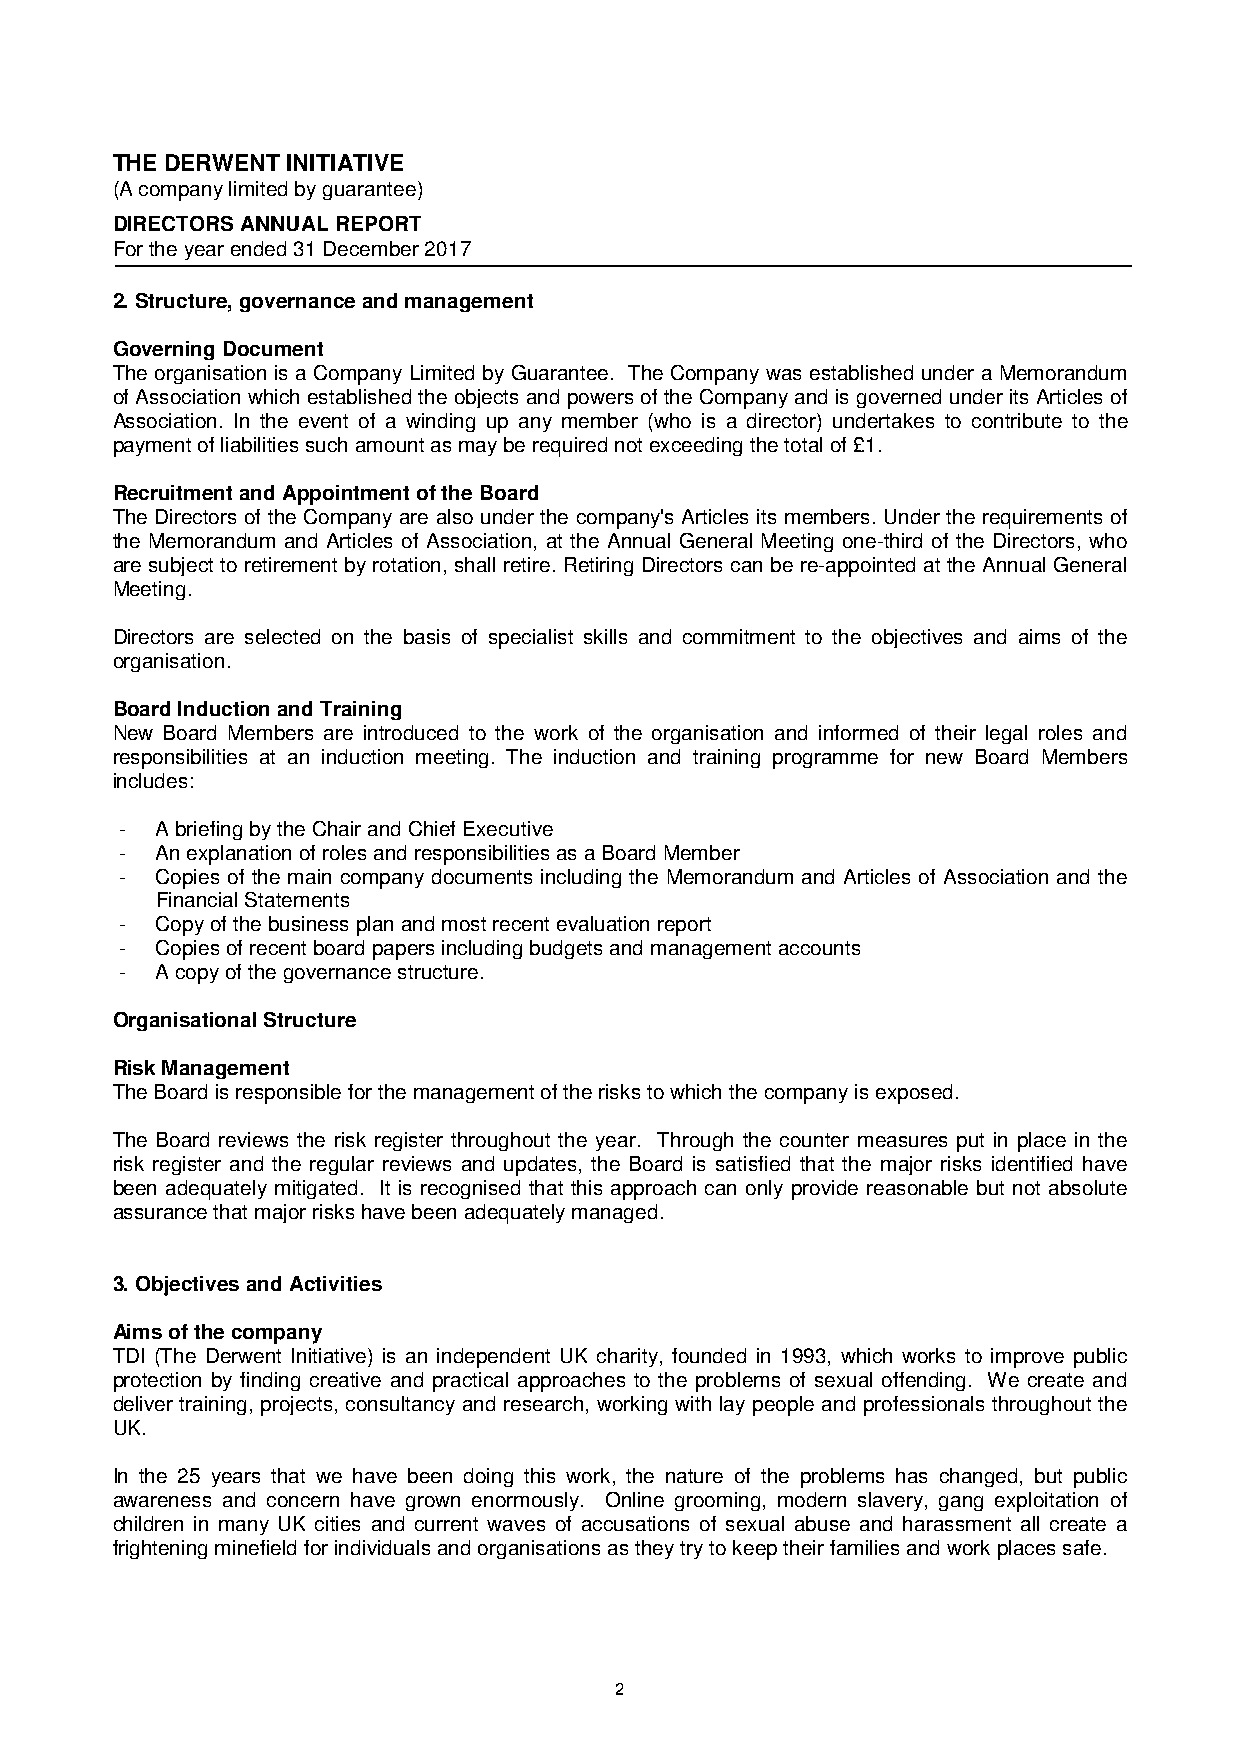
THE DERWENT INITIATIVE
 (A company limited by guarantee)
 DIRECTORS ANNUAL REPORT
 For the year ended 31 December 2017
 2.Structure, governance and management
 Governing Document
 The organisation is a Company Limited by Guarantee. The Company was established under a Memorandum
 of Association which established the objects and powers of the Company and is governed under its Articles of
 Association. In the event of a winding up any member (who is a director) undertakes to contribute to the
 payment of liabilities such amount as may be required not exceeding the total of £1.
 Recruitment and Appointment of the Board
 The Directors of the Company are also under the company's Articles its members. Under the requirements of
 the Memorandum and Articles of Association, at the Annual General Meeting one-third of the Directors, who
 are subject to retirement by rotation, shall retire. Retiring Directors can be re-appointed at the Annual General
 Meeting.
 Directors are selected on the basis of specialist skills and commitment to the objectives and aims of the
 organisation.
 Board Induction and Training
 New Board Members are introduced to the work of the organisation and informed of their legal roles and
 responsibilities at an induction meeting. The induction and training programme for new Board Members
 includes:
 - A briefing by the Chair and Chief Executive
 - An explanation of roles and responsibilities as a Board Member
 - Copies of the main company documents including the Memorandum and Articles of Association and the
 Financial Statements
 - Copy of the business plan and most recent evaluation report
 - Copies of recent board papers including budgets and management accounts
 - A copy of the governance structure.
 Organisational Structure
 Risk Management
 The Board is responsible for the management of the risks to which the company is exposed.
 The Board reviews the risk register throughout the year. Through the counter measures put in place in the
 risk register and the regular reviews and updates, the Board is satisfied that the major risks identified have
 been adequately mitigated. It is recognised that this approach can only provide reasonable but not absolute
 assurance that major risks have been adequately managed.
 3.Objectives and Activities
 Aims of the company
 TDI (The Derwent Initiative) is an independent UK charity, founded in 1993, which works to improve public
 protection by finding creative and practical approaches to the problems of sexual offending. We create and
 deliver training, projects, consultancy and research, working with lay people and professionals throughout the
 UK.
 In the 25 years that we have been doing this work, the nature of the problems has changed, but public
 awareness and concern have grown enormously. Online grooming, modern slavery, gang exploitation of
 children in many UK cities and current waves of accusations of sexual abuse and harassment all create a
 frightening minefield for individuals and organisations as they try to keep their families and work places safe.
 2